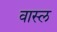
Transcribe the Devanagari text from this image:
वास्ल